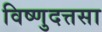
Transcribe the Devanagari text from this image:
विष्णुदत्तसा